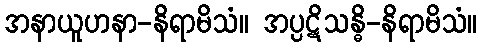
အနာယူဟနာ-နိရာမိသံ။ အပ္ပဋိသန္ဓိ-နိရာမိသံ။